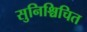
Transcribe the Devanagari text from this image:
सुनिश्चिचित